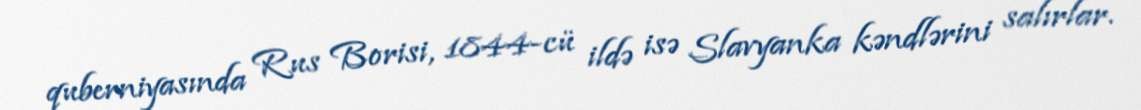
quberniyasında Rus Borisi, 1844-cü ildə isə Slavyanka kəndlərini salırlar.